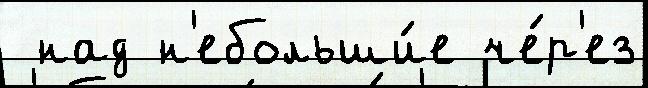
 над н'ебольши́е че́р'ез